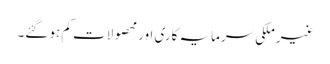
غیرملکی سرمایہ کاری اور محصولات کم ہو گئے۔